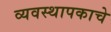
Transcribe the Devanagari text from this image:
व्यवस्थापकाचे